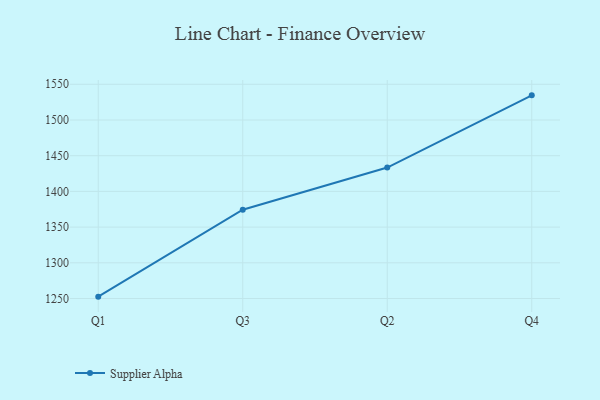
{"axis": {"x": "Quarter", "y": "Market Share (%)"}, "legend": ["Supplier Alpha"], "data": [{"x": "Q1", "y": 1252.6, "type": "Supplier Alpha"}, {"x": "Q3", "y": 1374.3, "type": "Supplier Alpha"}, {"x": "Q2", "y": 1433.4, "type": "Supplier Alpha"}, {"x": "Q4", "y": 1534.5, "type": "Supplier Alpha"}]}